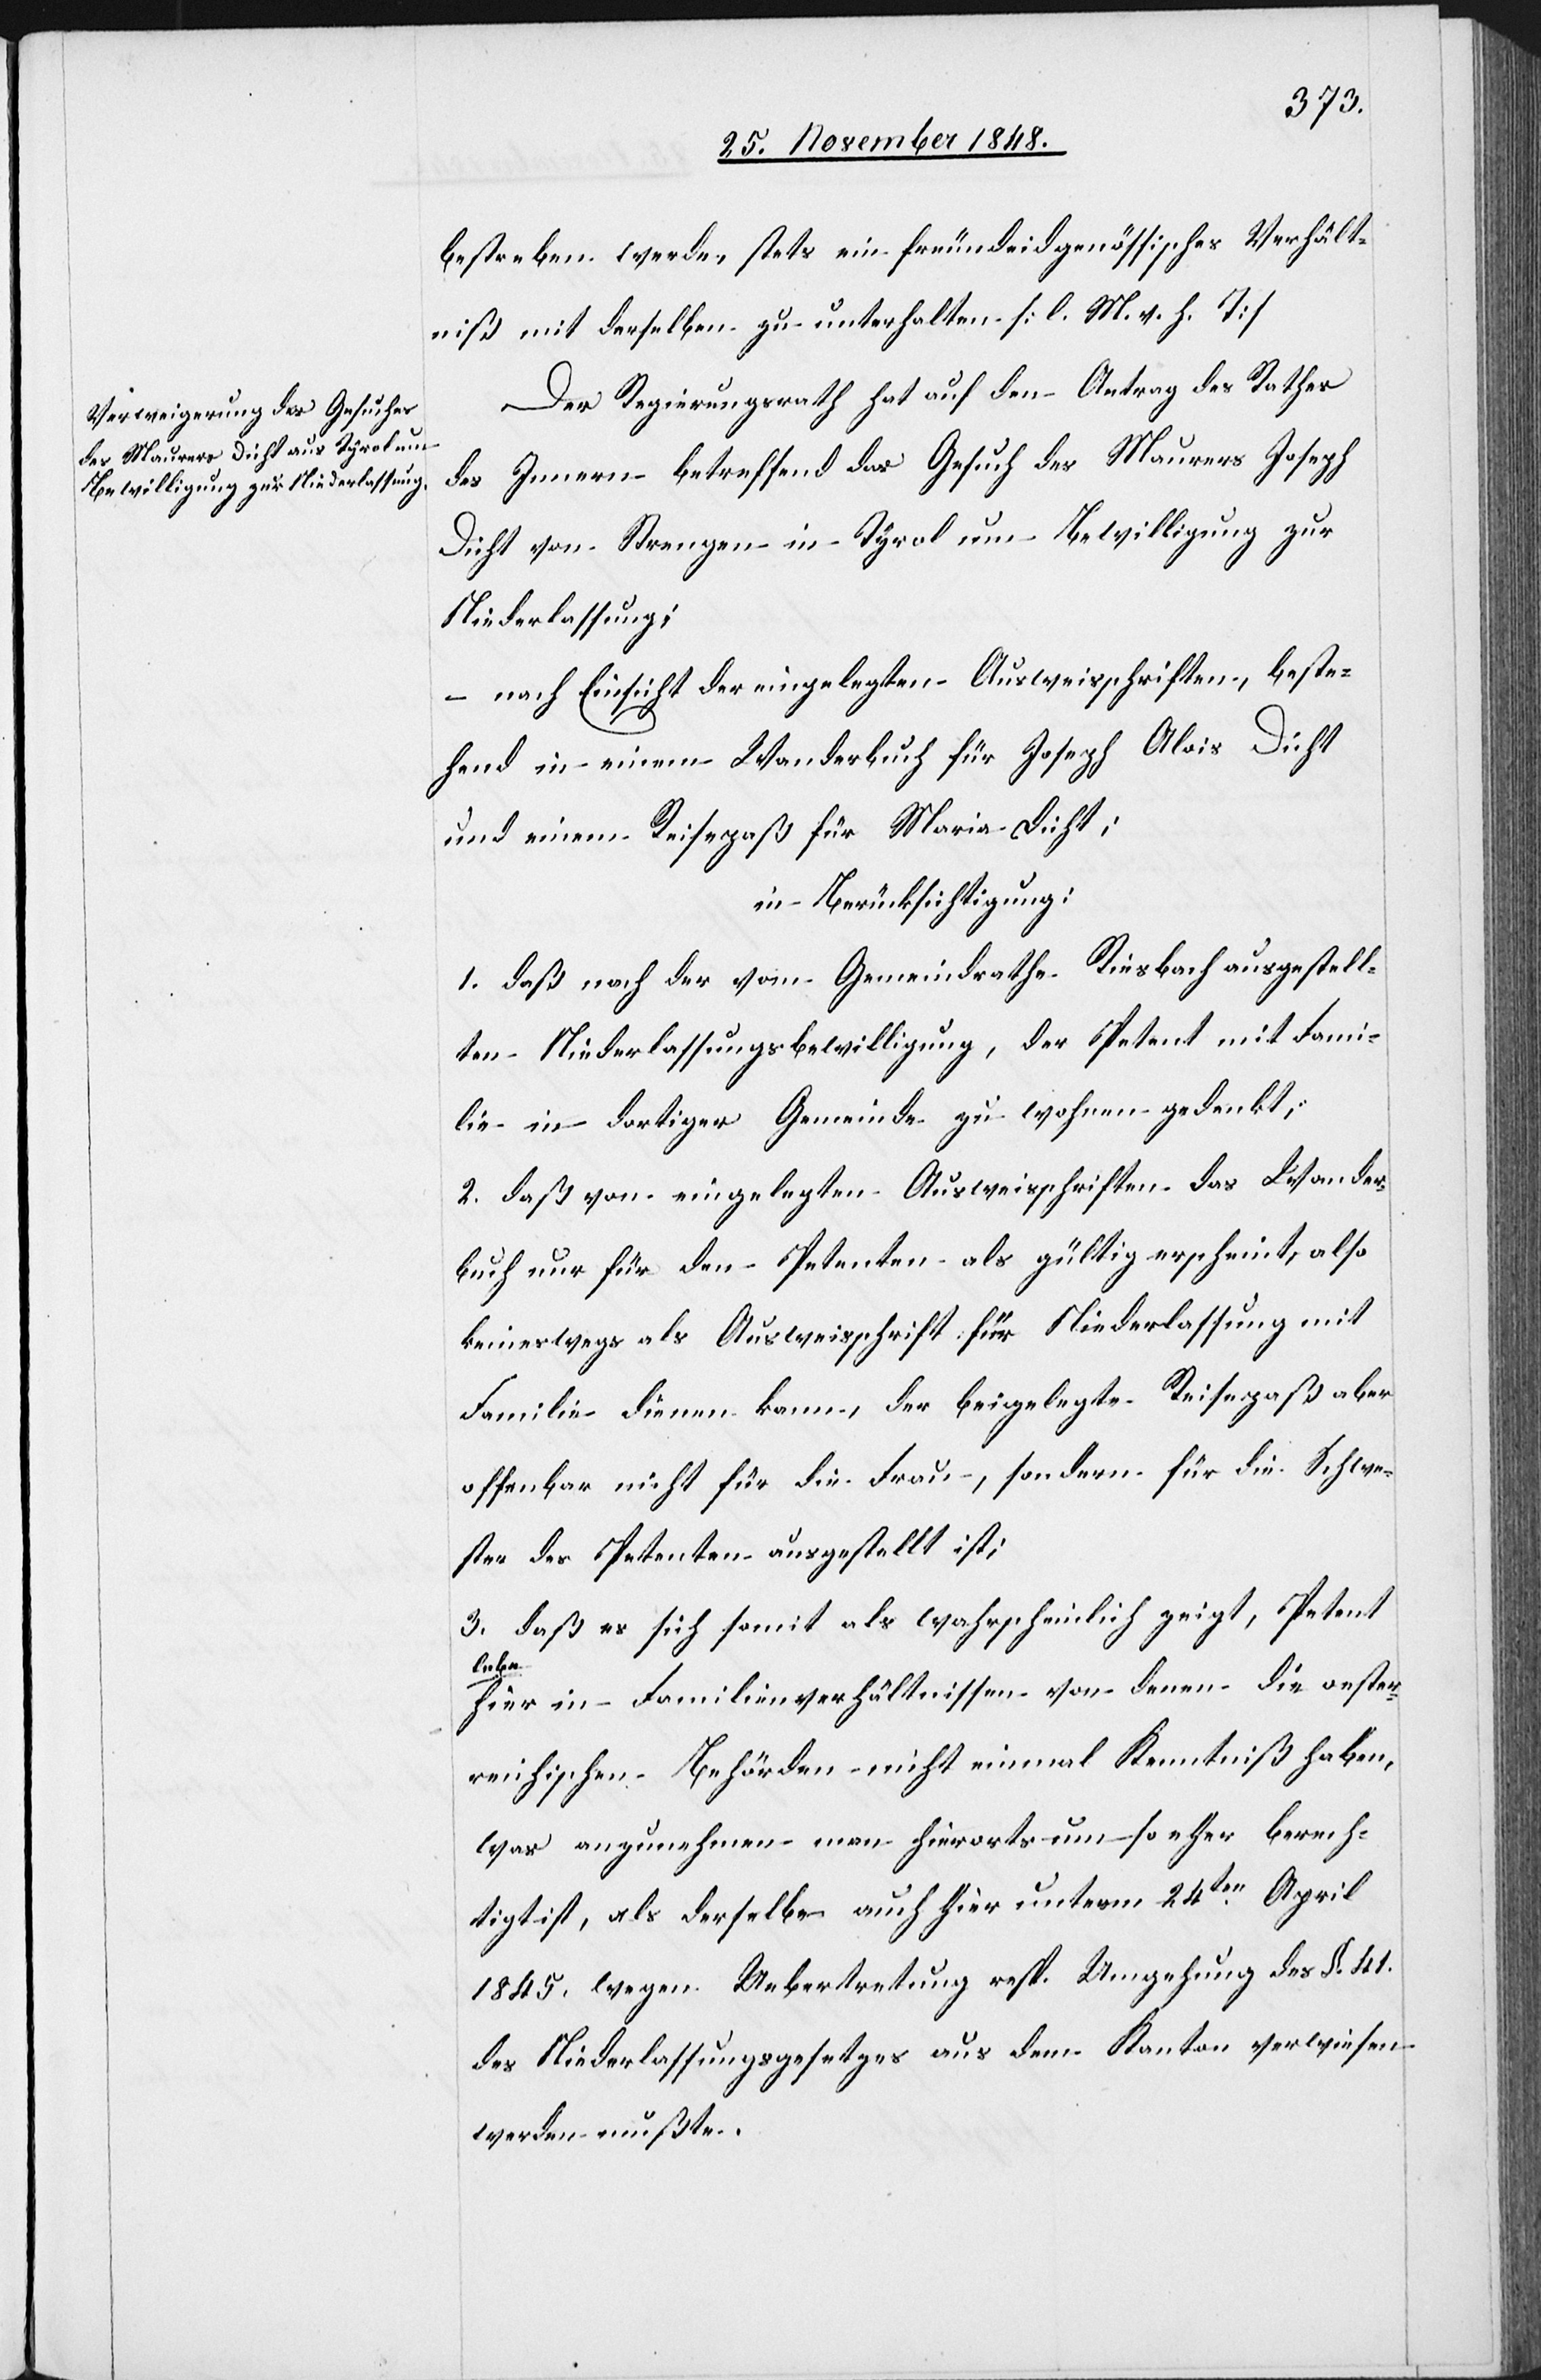
bestreben werde, stets ein freundeidgenössisches Verhält¬
niß mit derselben zu unterhalten. [l. M. v. h. T]
Der Regierungsrath hat auf den Antrag des Rathes
des Innern betreffend das Gesuch des Maurers Joseph
Dicht von Strengen in Tyrol um Bewilligung zur
Niederlassung;
– nach Einsicht der eingelegten Ausweisschriften, beste¬
hend in einem Wanderbuch für Joseph Alois Dicht
und einem Reisepaß für Maria Dicht;
in Berücksichtigung:
1. daß nach der vom Gemeindrathe Riesbach ausgestell¬
ten Niederlassungsbewilligung, der Petent mit Fami¬
lie in dortiger Gemeinde zu wohnen gedenkt;
2. daß von eingelegten Ausweisschriften das Wander¬
buch nur für den Petenten als gültig erscheint, also
keineswegs als Ausweisschrift für Niederlassung mit
Familie dienen kann, der beigelegte Reisepaß aber
offenbar nicht für die Frau, sondern für die Schwe¬
ster des Petenten ausgestellt ist;
3. daß es sich somit als wahrscheinlich zeigt, Petent
lebe
hier in Familienverhältnissen von denen die oester¬
reichischen Behörden nicht einmal Kenntniß haben,
was anzunehmen man hierorts um so eher berech¬
tigt ist, als derselbe auch hier unterm 24ten April
1845. wegen Uebertretung resp. Umgehung des §. 41.
des Niederlassungsgesetzes aus dem Kanton verwiesen
werden mußte.